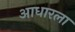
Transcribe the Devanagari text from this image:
आधारला